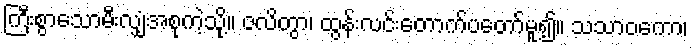
ကြီးစွာသောမီးလျှံအစုကဲ့သို့။ ဇလိတွာ၊ ထွန်းလင်းတောက်ပတော်မူ၍။ သသာဝကော၊